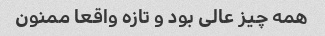
همه چیز عالی بود و تازه واقعا ممنون